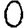
Digit: 0